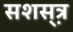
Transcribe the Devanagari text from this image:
सशस़्त्र